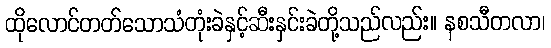
ထိုလောင်တတ်သောသံတုံးခဲနှင့်ဆီးနှင်းခဲတို့သည်လည်း။ နစသီတလာ၊